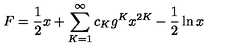
F = \frac { 1 } { 2 } x + \sum _ { K = 1 } ^ { \infty } c _ { K } g ^ { K } x ^ { 2 K } - \frac { 1 } { 2 } \ln x